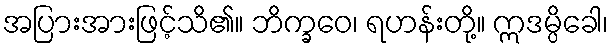
အပြားအားဖြင့်သိ၏။ ဘိက္ခဝေ၊ ရဟန်းတို့။ ဣဒမ္ပိခေါ၊